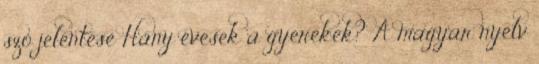
szó jelentése Hány évesek a gyerekek? A magyar nyelv